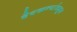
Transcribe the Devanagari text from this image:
देवकन्यांकडून